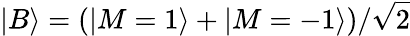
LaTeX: |B\rangle=(|M=1\rangle+|M=-1\rangle)/\sqrt{2}